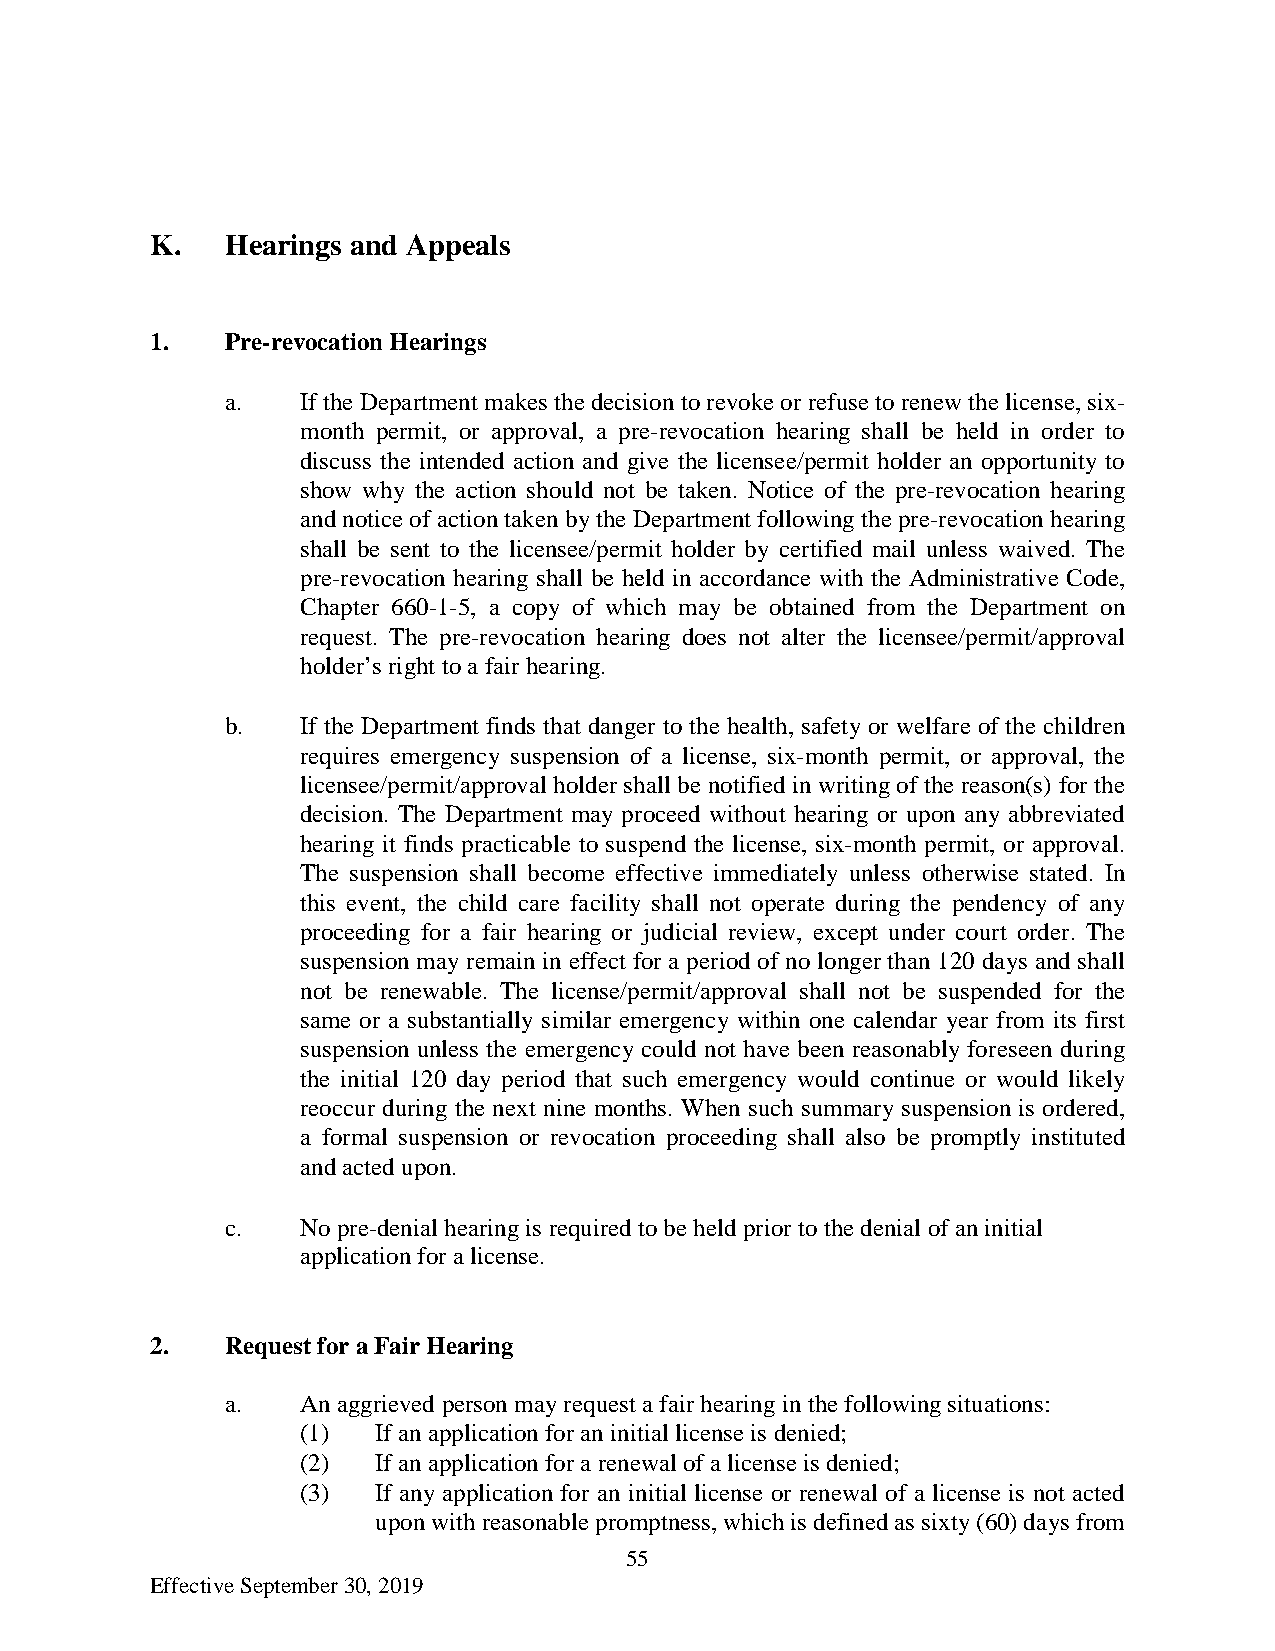
K.   Hearings and Appeals
 1.   Pre-revocation Hearings
 a.   If the Department makes the decision to revoke or refuse to renew the license, six-
 month permit, or approval, a pre-revocation hearing shall be held in order to
 discuss the intended action and give the licensee/permit holder an opportunity to
 show why the action should not be taken. Notice of the pre-revocation hearing
 and notice of action taken by the Department following the pre-revocation hearing
 shall be sent to the licensee/permit holder by certified mail unless waived. The
 pre-revocation hearing shall be held in accordance with the Administrative Code,
 Chapter 660-1-5, a copy of which may be obtained from the Department on
 request. The pre-revocation hearing does not alter the licensee/permit/approval
 holder’s right to a fair hearing.
 b.   If the Department finds that danger to the health, safety or welfare of the children
 requires emergency suspension of a license, six-month permit, or approval, the
 licensee/permit/approval holder shall be notified in writing of the reason(s) for the
 decision. The Department may proceed without hearing or upon any abbreviated
 hearing it finds practicable to suspend the license, six-month permit, or approval.
 The suspension shall become effective immediately unless otherwise stated. In
 this event, the child care facility shall not operate during the pendency of any
 proceeding for a fair hearing or judicial review, except under court order. The
 suspension may remain in effect for a period of no longer than 120 days and shall
 not be renewable. The license/permit/approval shall not be suspended for the
 same or a substantially similar emergency within one calendar year from its first
 suspension unless the emergency could not have been reasonably foreseen during
 the initial 120 day period that such emergency would continue or would likely
 reoccur during the next nine months. When such summary suspension is ordered,
 a formal suspension or revocation proceeding shall also be promptly instituted
 and acted upon.
 c.   No pre-denial hearing is required to be held prior to the denial of an initial
 application for a license.
 2.   Request for a Fair Hearing
 a.   An aggrieved person may request a fair hearing in the following situations:
 (1)  If an application for an initial license is denied;
 (2)  If an application for a renewal of a license is denied;
 (3)  If any application for an initial license or renewal of a license is not acted
 upon with reasonable promptness, which is defined as sixty (60) days from
 55
 Effective September 30, 2019